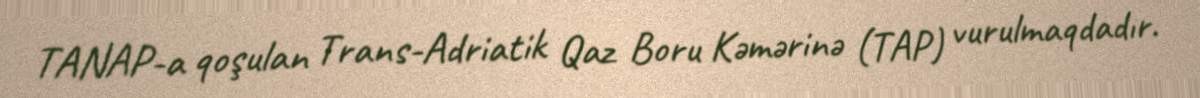
TANAP-a qoşulan Trans-Adriatik Qaz Boru Kəmərinə (TAP) vurulmaqdadır.